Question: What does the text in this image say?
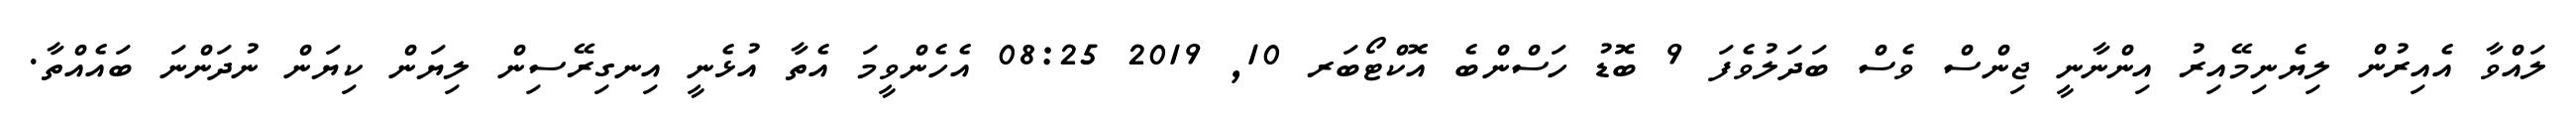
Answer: ލައްވާ އެއިރުން ލިޔެނިމޭއިރު އިންނާނީ ޖިންސް ވެސް ބަދަލުވެފަ 9 ބޮޑު ހަސްންބެ އޮކްޓޯބަރ 10, 2019 08:25 އެހެންވީމަ އެތާ އުޅެނީ އިނގިރޭސިން ލިޔަން ކިޔަން ނުދަންނަ ބައެއްތާ.